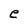
Character: e